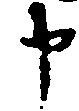
申